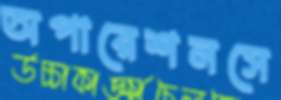
অপারেশনসে